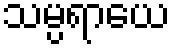
သမ္ပရာယေ